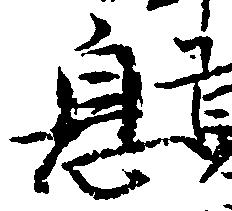
息